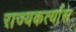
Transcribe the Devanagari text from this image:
राज्यकर्त्यास